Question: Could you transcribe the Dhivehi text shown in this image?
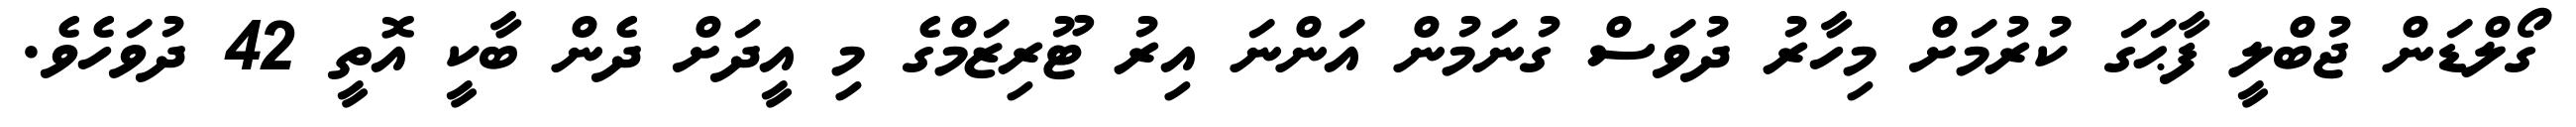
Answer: ގޯލްޑަން ޖުބްލީ ފާޙަގަ ކުރުމަށް މިހާރު ދުވަސް ގުނަމުން އަންނަ އިރު ޓޫރިޒަމްގެ މި އީދަށް ދެން ބާކީ އޮތީ 42 ދުވަހެވެ.